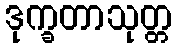
ဒုက္ခတာသုတ္တ